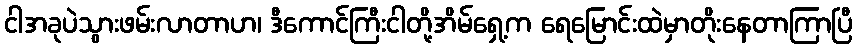
ငါအခုပဲသွားဖမ်းလာတာဟ၊ ဒီကောင်ကြီးငါတို့အိမ်ရှေ့က ရေမြောင်းထဲမှာတိုးနေတာကြာပြီ